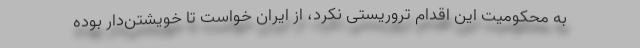
به محکومیت این اقدام تروریستی نکرد، از ایران خواست تا خویشتن‌دار بوده